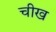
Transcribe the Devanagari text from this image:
चीख